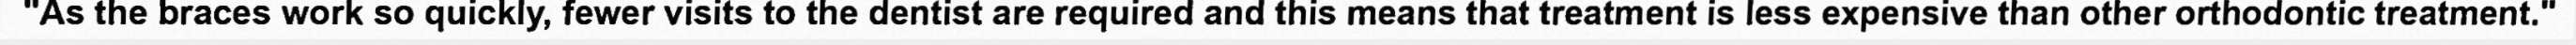
"As the braces work so quickly, fewer visits to the dentist are required and this means that treatment is less expensive than other orthodontic treatment."